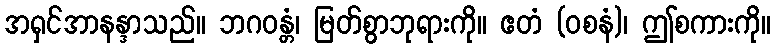
အရှင်အာနန္ဒာသည်။ ဘဂဝန္တံ၊ မြတ်စွာဘုရားကို။ ဧတံ (ဝစနံ)၊ ဤစကားကို။